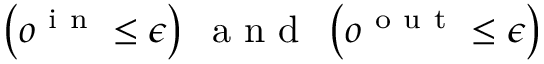
\left( o ^ { \mathrm { ~ i ~ n ~ } } \leq \epsilon \right) \; \mathrm { ~ a ~ n ~ d ~ } \; \left( o ^ { \mathrm { ~ o ~ u ~ t ~ } } \leq \epsilon \right)